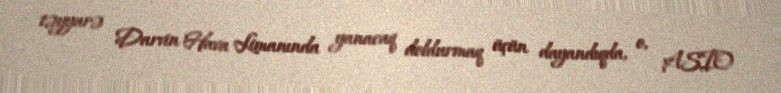
təyyarə Darvin Hava Limanında yanacaq doldurmaq üçün dayandıqda, o, ASIO